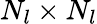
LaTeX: N_{l}\times N_{l}